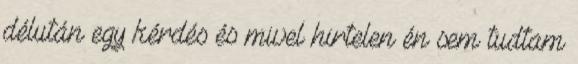
délután egy kérdés és mivel hirtelen én sem tudtam